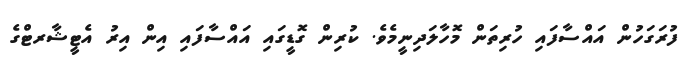
ފުރަގަހުން އައްސާފައި ހުރިތަން މޮހާލަދިނީމެވެ. ކުރިން ގޮޑީގައި އައްސާފައި އިން އިރު އެޓީޝާރޓްގެ